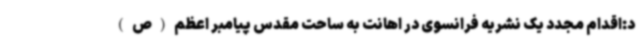
د:اقدام مجدد یک نشریه فرانسوی در اهانت به ساحت مقدس پیامبر اعظم(ص)